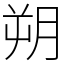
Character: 朔